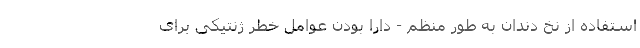
استفاده از نخ دندان به طور منظم - دارا بودن عوامل خطر ژنتیکی برای